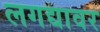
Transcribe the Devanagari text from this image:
लगद्यावर